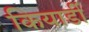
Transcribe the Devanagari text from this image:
कियार्डी